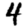
Digit: 4